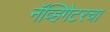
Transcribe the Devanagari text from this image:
नॅव्हिगेटरचा